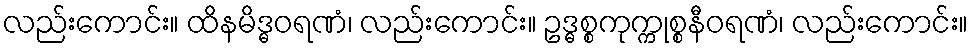
လည်းကောင်း။ ထိနမိဒ္ဓဝရဏံ၊ လည်းကောင်း။ ဥဒ္ဓစ္စကုက္ကုစ္စနီဝရဏံ၊ လည်းကောင်း။